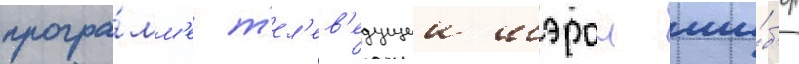
програ́мм'е т'ел'ев'едущеи шэрон ши́б'ер